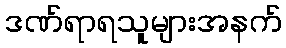
ဒဏ်ရာရသူများအနက်